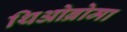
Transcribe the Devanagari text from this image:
थिओब्रोमा